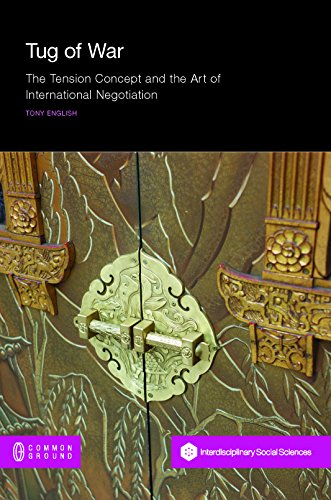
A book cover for Tug of War: The Tension Concept and the Art of International Negotiation; Tony English; Business & Money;